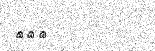
١١٢